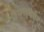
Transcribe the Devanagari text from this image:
रिफार्मेशन